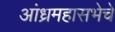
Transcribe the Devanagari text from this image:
आंध्रमहासभेचे